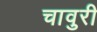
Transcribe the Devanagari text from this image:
चावुरी